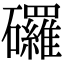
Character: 𥗴